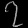
Digit: ၇